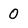
Character: 0